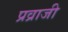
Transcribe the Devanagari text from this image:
प्रव्राजी